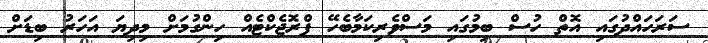
ސަރަހައްދުގައި އޮތް ހުސް ބިމުގައި މަސްވެރިކަމާބެހޭ ޕްރޮޖެކްޓެއް ހިންގުމަށް މިދިޔަ އަހަރު ބިޑަށް